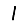
Digit: 1